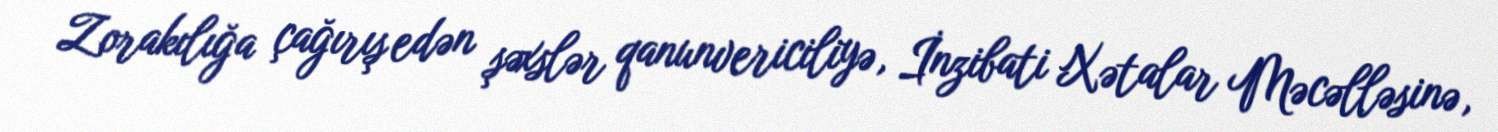
Zorakılığa çağırış edən şəxslər qanunvericiliyə, İnzibati Xətalar Məcəlləsinə,